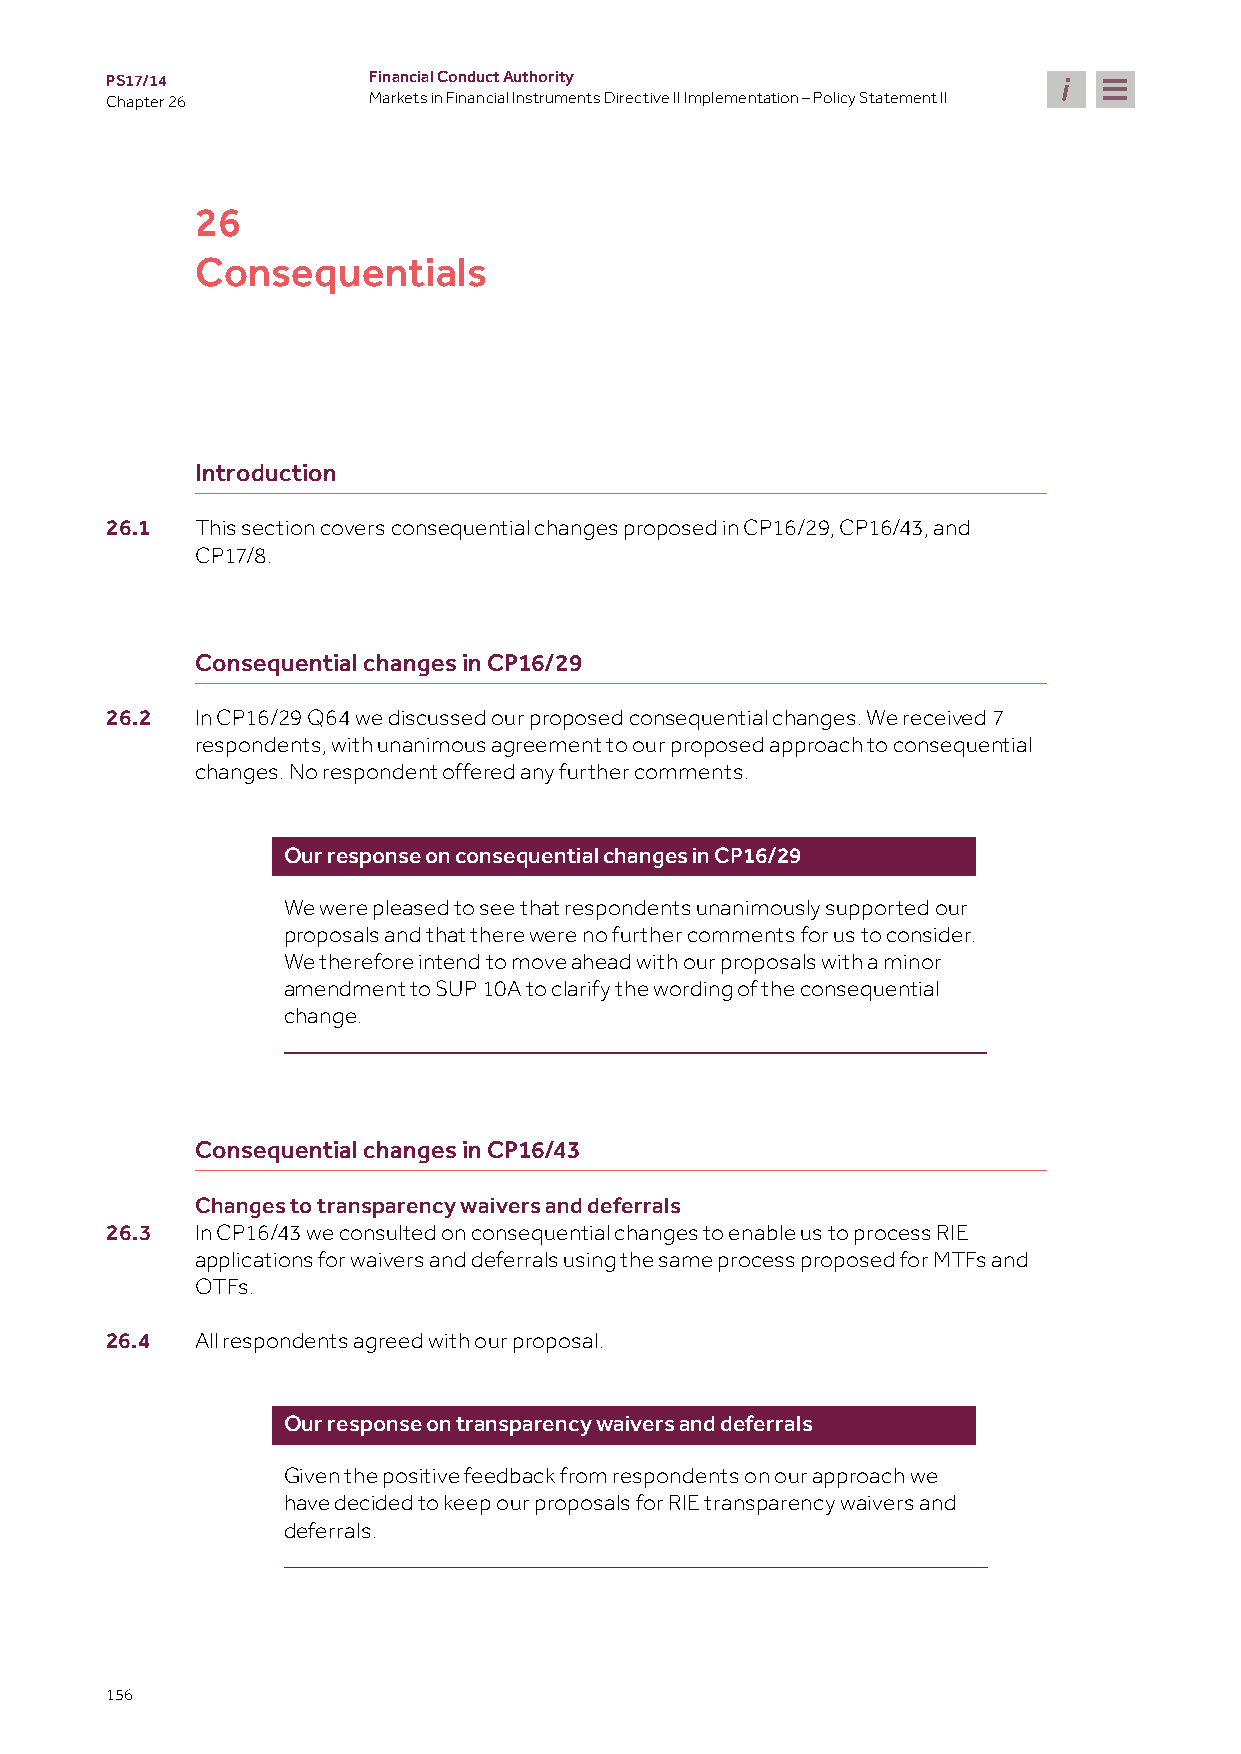
PS17/14          Financial Conduct Authority
 Chapter 26       Markets in Financial Instruments Directive II Implementation – Policy Statement II
 26
 Consequentials
 Introduction
 26.1  This section covers consequential changes proposed in CP16/29, CP16/43, and
 CP17/8.
 Consequential changes in CP16/29
 26.2  In CP16/29 Q64 we discussed our proposed consequential changes. We received 7
 respondents, with unanimous agreement to our proposed approach to consequential
 changes. No respondent offered any further comments.
 Our response on consequential changes in CP16/29
 We were pleased to see that respondents unanimously supported our
 proposals and that there were no further comments for us to consider.
 We therefore intend to move ahead with our proposals with a minor
 amendment to SUP 10A to clarify the wording of the consequential
 change.
 Consequential changes in CP16/43
 Changes to transparency waivers and deferrals
 26.3  In CP16/43 we consulted on consequential changes to enable us to process RIE
 applications for waivers and deferrals using the same process proposed for MTFs and
 OTFs.
 26.4  All respondents agreed with our proposal.
 Our response on transparency waivers and deferrals
 Given the positive feedback from respondents on our approach we
 have decided to keep our proposals for RIE transparency waivers and
 deferrals.
 156